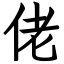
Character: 佬